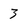
Character: 3